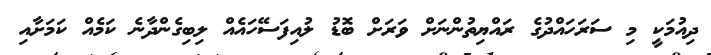
ދިއުމަކީ މި ސަރަހައްދުގެ ރައްޔިތުންނަށް ވަރަށް ބޮޑު ލުއިފަސޭހައެއް ލިބިގެންދާނެ ކަމެއް ކަމަށާއި